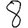
Digit: 8